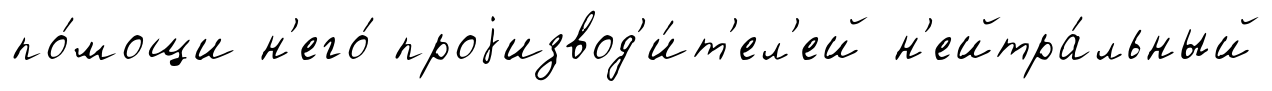
по́мощи н'его́ проjизвод'и́т'ел'ей н'ейтра́льный